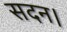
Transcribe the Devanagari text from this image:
सदन।